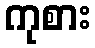
ကုစား